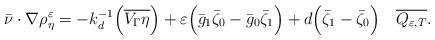
LaTeX: \begin{align*} \bar{\nu}\cdot\nabla\rho_\eta^\varepsilon = -k_d^{-1}\Bigl(\overline{V_\Gamma\eta}\Bigr)+\varepsilon\Bigl(\bar{g}_1\bar{\zeta}_0-\bar{g}_0\bar{\zeta}_1\Bigr)+d\Bigl(\bar{\zeta}_1-\bar{\zeta}_0\Bigr) \quad\overline{Q_{\varepsilon,T}}.\end{align*}